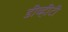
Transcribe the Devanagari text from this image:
डीव्हीटी